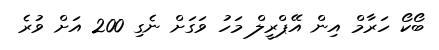
ބޯކޯ ހަރާމް އިން އޭޕްރީލް މަހު ވަގަށް ނެގި 200 އަށް ވުރެ